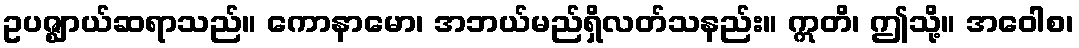
ဥပဇ္ဈာယ်ဆရာသည်။ ကောနာမော၊ အဘယ်မည်ရှိလတ်သနည်း။ ဣတိ၊ ဤသို့။ အဝေါစ၊